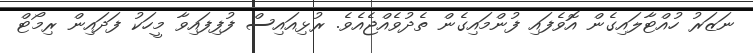
ނަޒަރު ހުއްޓާލައިގެން އޮވެފައި ފުންމައިގެން ތެދުވެއްޖެއެވެ. ރުޅިއައިސް ފުފިފައިވާ މީހަކު ފަދައިން ރިމޯޓް